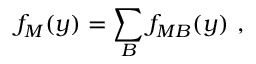
f _ { M } ( y ) = \sum _ { B } f _ { M B } ( y ) \ ,